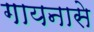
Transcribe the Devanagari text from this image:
गायनासे